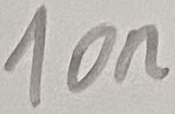
Text: 10n